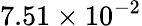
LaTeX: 7.51\times 10^{-2}